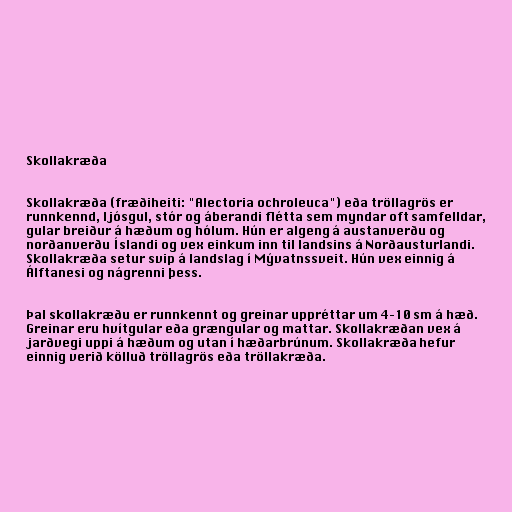
Skollakræða

Skollakræða (fræðiheiti: "Alectoria ochroleuca") eða tröllagrös er
runnkennd, ljósgul, stór og áberandi flétta sem myndar oft samfelldar,
gular breiður á hæðum og hólum. Hún er algeng á austanverðu og
norðanverðu Íslandi og vex einkum inn til landsins á Norðausturlandi.
Skollakræða setur svip á landslag í Mývatnssveit. Hún vex einnig á
Álftanesi og nágrenni þess.

Þal skollakræðu er runnkennt og greinar uppréttar um 4–10 sm á hæð.
Greinar eru hvítgular eða grængular og mattar. Skollakræðan vex á
jarðvegi uppi á hæðum og utan í hæðarbrúnum. Skollakræða hefur
einnig verið kölluð tröllagrös eða tröllakræða.